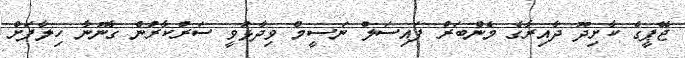
ޖޭޕީގެ ކާށިދޫ ދާއިރާގެ މެންބަރު ފައިސަލް ނަސީމް ވިދާޅުވީ ސަރުކާރުން ގާނޫނާ ހިލާފަށް